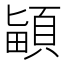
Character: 𩒵